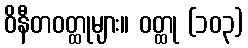
ဝိနီတဝတ္ထုများ။ ဝတ္ထု (၁၀၃)